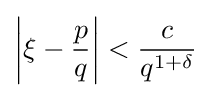
\left|\xi -{\frac {p}{q}}\right|<{\frac {c}{q^{1+\delta }}}